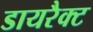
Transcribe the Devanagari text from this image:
डायरैक्ट